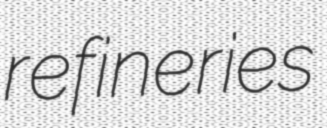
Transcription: refineries